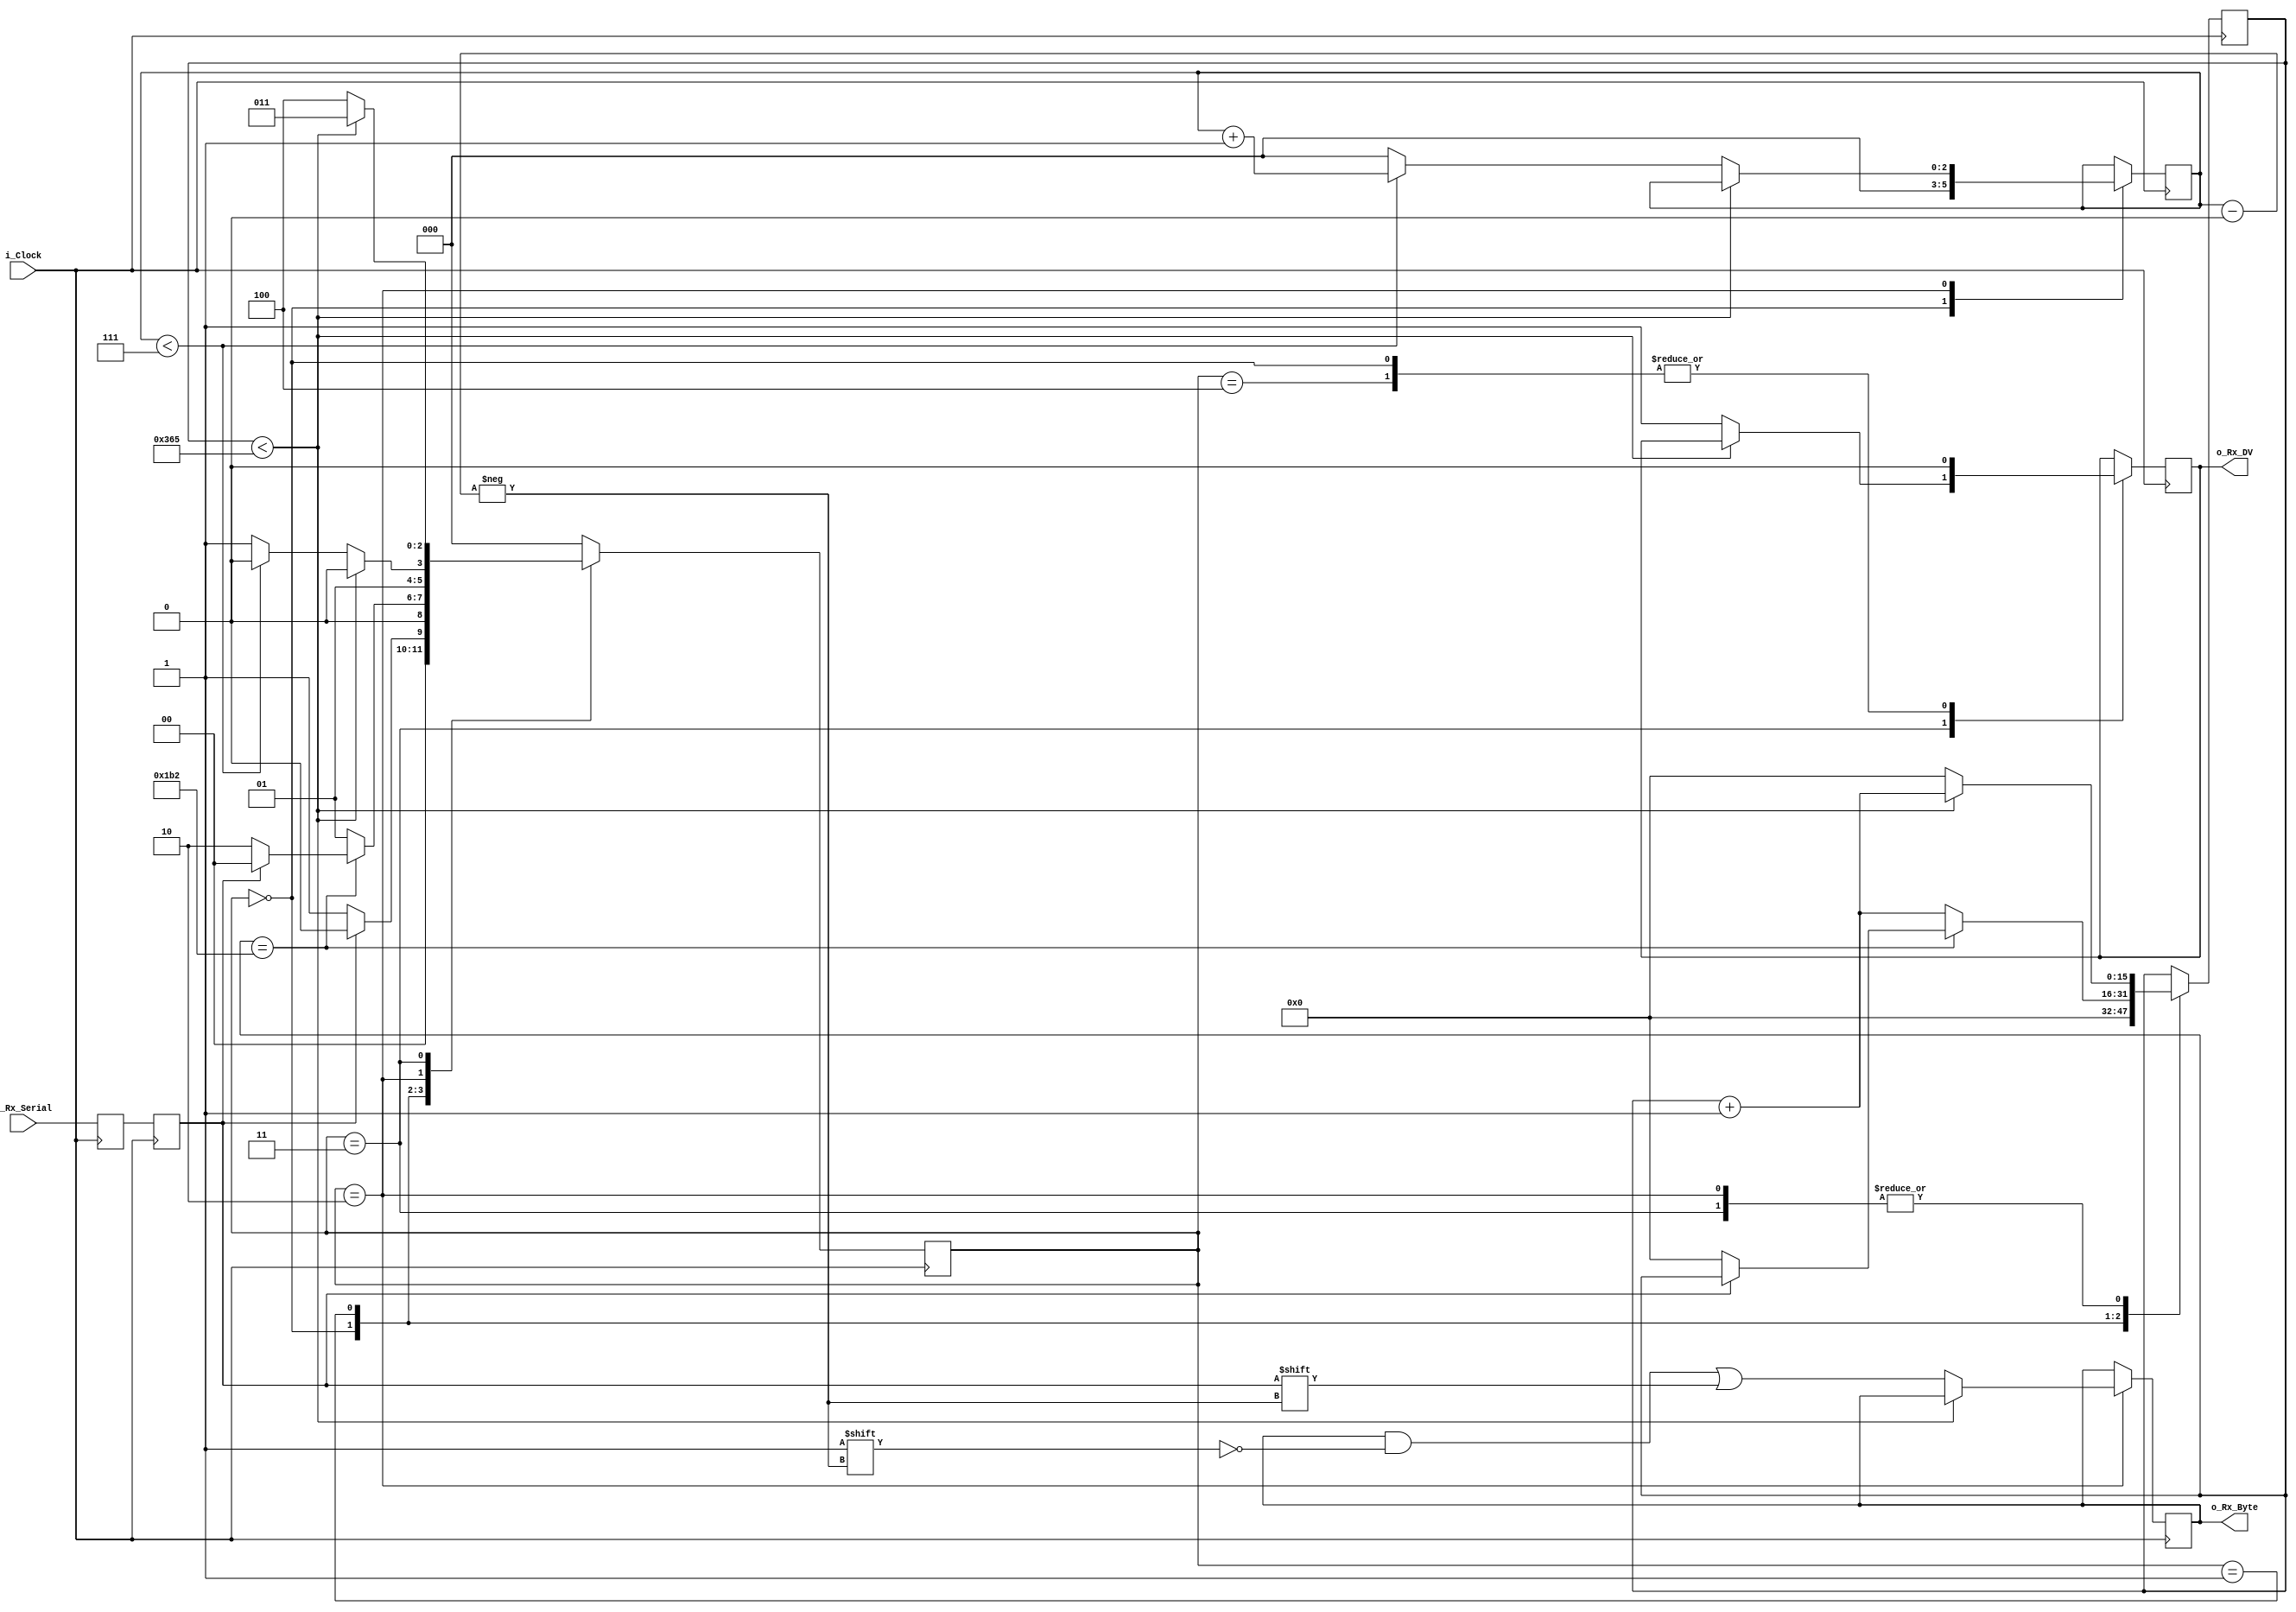
`timescale 1ns / 1ps

// CLKS_PER_BIT = (Frequency of i_Clock)/(Frequency of UART)
// Example: 10 MHz Clock, 115200 baud UART
// (10000000)/(115200) = 87
  
module uart_rx 
  #(parameter CLKS_PER_BIT = 870)
  (
   input        i_Clock,
   input        i_Rx_Serial,
   output       o_Rx_DV,
   output [7:0] o_Rx_Byte
   );
    
  localparam s_IDLE         = 3'b000;
  localparam s_RX_START_BIT = 3'b001;
  localparam s_RX_DATA_BITS = 3'b010;
  localparam s_RX_STOP_BIT  = 3'b011;
  localparam s_CLEANUP      = 3'b100;
   
  reg           r_Rx_Data_R = 1'b1;
  reg           r_Rx_Data   = 1'b1;
   
  reg [15:0]     r_Clock_Count = 0;
  reg [2:0]     r_Bit_Index   = 0; //8 bits total
  reg [7:0]     r_Rx_Byte     = 0;
  reg           r_Rx_DV       = 0;
  reg [2:0]     r_SM_Main     = 0;
   
  // Purpose: Double-register the incoming data.
  // This allows it to be used in the UART RX Clock Domain.
  // (It removes problems caused by metastability)
  always @(posedge i_Clock)
    begin
      r_Rx_Data_R <= i_Rx_Serial;
      r_Rx_Data   <= r_Rx_Data_R;
    end
   
   
  // Purpose: Control RX state machine
  always @(posedge i_Clock)
    begin
       
      case (r_SM_Main)
        s_IDLE :
          begin
            r_Rx_DV       <= 1'b0;
            r_Clock_Count <= 0;
            r_Bit_Index   <= 0;
             
            if (r_Rx_Data == 1'b0)          // Start bit detected
              r_SM_Main <= s_RX_START_BIT;
            else
              r_SM_Main <= s_IDLE;
          end
         
        // Check middle of start bit to make sure it's still low
        s_RX_START_BIT :
          begin
            if (r_Clock_Count == (CLKS_PER_BIT-1)/2)
              begin
                if (r_Rx_Data == 1'b0)
                  begin
                    r_Clock_Count <= 0;  // reset counter, found the middle
                    r_SM_Main     <= s_RX_DATA_BITS;
                  end
                else
                  r_SM_Main <= s_IDLE;
              end
            else
              begin
                r_Clock_Count <= r_Clock_Count + 1;
                r_SM_Main     <= s_RX_START_BIT;
              end
          end // case: s_RX_START_BIT
         
         
        // Wait CLKS_PER_BIT-1 clock cycles to sample serial data
        s_RX_DATA_BITS :
          begin
            if (r_Clock_Count < CLKS_PER_BIT-1)
              begin
                r_Clock_Count <= r_Clock_Count + 1;
                r_SM_Main     <= s_RX_DATA_BITS;
              end
            else
              begin
                r_Clock_Count          <= 0;
                r_Rx_Byte[r_Bit_Index] <= r_Rx_Data;
                 
                // Check if we have received all bits
                if (r_Bit_Index < 7)
                  begin
                    r_Bit_Index <= r_Bit_Index + 1;
                    r_SM_Main   <= s_RX_DATA_BITS;
                  end
                else
                  begin
                    r_Bit_Index <= 0;
                    r_SM_Main   <= s_RX_STOP_BIT;
                  end
              end
          end // case: s_RX_DATA_BITS
     
     
        // Receive Stop bit.  Stop bit = 1
        s_RX_STOP_BIT :
          begin
            // Wait CLKS_PER_BIT-1 clock cycles for Stop bit to finish
            if (r_Clock_Count < CLKS_PER_BIT-1)
              begin
                r_Clock_Count <= r_Clock_Count + 1;
                r_SM_Main     <= s_RX_STOP_BIT;
              end
            else
              begin
                r_Rx_DV       <= 1'b1;
                r_Clock_Count <= 0;
                r_SM_Main     <= s_CLEANUP;
              end
          end // case: s_RX_STOP_BIT
     
         
        // Stay here 1 clock
        s_CLEANUP :
          begin
            r_SM_Main <= s_IDLE;
            r_Rx_DV   <= 1'b0;
          end
         
         
        default :
          r_SM_Main <= s_IDLE;
         
      endcase
    end   
   
  assign o_Rx_DV   = r_Rx_DV;
  assign o_Rx_Byte = r_Rx_Byte;
   
endmodule // uart_rx